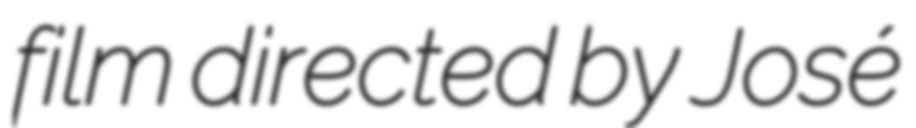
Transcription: film directed by José